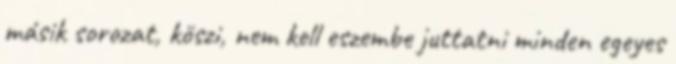
másik sorozat, köszi, nem kell eszembe juttatni minden egeyes